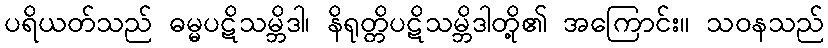
ပရိယတ်သည် ဓမ္မပဋိသမ္ဘိဒါ၊ နိရုတ္တိပဋိသမ္ဘိဒါတို့၏ အကြောင်း။ သဝနသည်